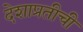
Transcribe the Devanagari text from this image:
देशाप्रतीची